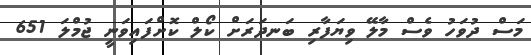
މަސް ދުވަހު ވެސް މާލޭ ވިޔަފާރި ބަނދަރަށް ކޯލް ކޮށްފައިވަނީ ޖުމްލަ 651